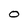
Character: 0